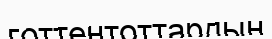
готтентоттардың